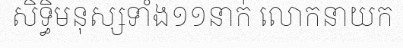
សិទ្ធិមនុស្សទាំង១១នាក់ លោកនាយក